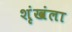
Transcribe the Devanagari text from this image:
शृंखंला